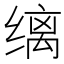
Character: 缡